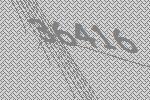
36416